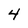
Character: 4